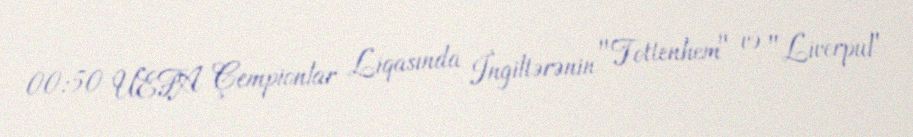
00:50 UEFA Çempionlar Liqasında İngiltərənin "Tottenhem" və "Liverpul"